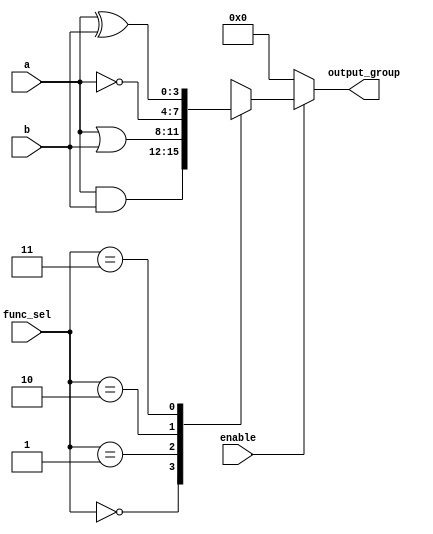
module adjacency_group #(parameter WIDTH = 4)(
    input  wire [WIDTH-1:0] a,       // Inputs
    input  wire [WIDTH-1:0] b,
    input  wire [1:0] func_sel,       // Function selector (00 = AND, 01 = OR, 10 = NOT, 11 = XOR)
    input  wire enable,                // Enable signal
    output reg [WIDTH-1:0] output_group // Output of the group
);

// Combinational logic for Adjacency Group
always @(*) begin
    if (enable) begin
        case (func_sel)
            2'b00: output_group = a & b;         // AND
            2'b01: output_group = a | b;         // OR
            2'b10: output_group = ~a;            // NOT (considering only a for simplicity)
            2'b11: output_group = a ^ b;         // XOR
            default: output_group = {WIDTH{1'b0}}; // Default to 0
        endcase
    end else begin
        output_group = {WIDTH{1'b0}};  // Disable output
    end
end

endmodule